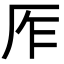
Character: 厏